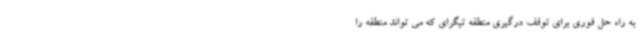
به راه حل فوری برای توقف درگیری منطقه تیگرای که می تواند منطقه را